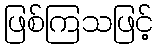
ဖြစ်ကြသဖြင့်